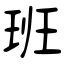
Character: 班